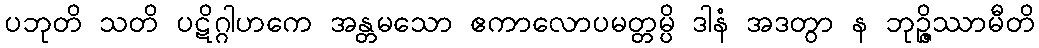
ပဘုတိ သတိ ပဋိဂ္ဂါဟကေ အန္တမသော ဧကာလောပမတ္တမ္ပိ ဒါနံ အဒတွာ န ဘုဉ္ဇိဿာမီတိ